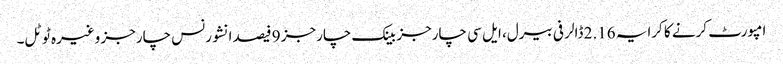
امپورٹ کرنے کا کرایہ 2.16 ڈالر فی بیرل، ایل سی چارجز بینک چارجز 9 فیصد انشورنس چارجز وغیرہ ٹوٹل۔